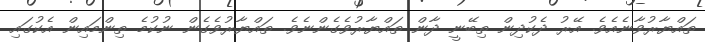
ތައްޔާރުވާނެއެވެ. އޭރު ދެކުދިން ތިބޭނީ ދާން ތައްޔާރުވެގެންނެވެ. ތައްޔާރުވެގެން ނުކުމެ ތިންމައިން އެކުގައި